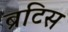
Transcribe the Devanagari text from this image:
ब्रटिस